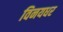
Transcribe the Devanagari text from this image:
विनयधर